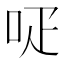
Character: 𠰊